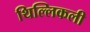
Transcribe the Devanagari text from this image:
थिल्लिकली